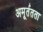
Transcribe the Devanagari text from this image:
अमूर्ततता